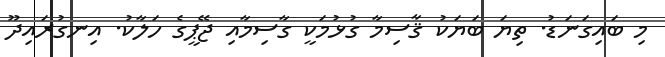
މި ބައިގަނަޑު. ތިޔަ ބަޔަކު ޤާސިމާ ގުޅުމަކީ ގާސިމާއި ޖޭޕީގެ ހަލާކު. އިނގުރައިދޫ